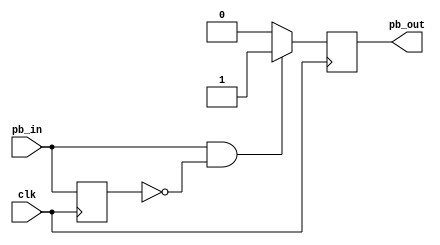
module one_pulse (
    input wire clk,
    input wire pb_in,
    output reg pb_out
);

	reg pb_in_delay;

	always @(posedge clk) begin
		if (pb_in == 1'b1 && pb_in_delay == 1'b0) begin
			pb_out <= 1'b1;
		end else begin
			pb_out <= 1'b0;
		end
	end
	
	always @(posedge clk) begin
		pb_in_delay <= pb_in;
	end
endmodule